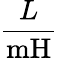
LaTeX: \frac{L}{\textrm{mH}}